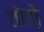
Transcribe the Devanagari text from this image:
तोडो़